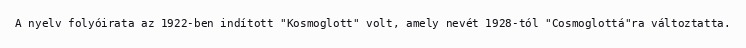
A nyelv folyóirata az 1922-ben indított "Kosmoglott" volt, amely nevét 1928-tól "Cosmoglottá"ra változtatta.